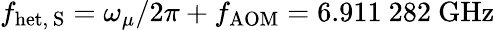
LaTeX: f_{\mathrm{het,~S}}=\omega_{\mu}/2\pi+f_{\mathrm{AOM}}=6.911~282~\mathrm{GHz}